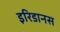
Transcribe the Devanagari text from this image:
इरिडानस